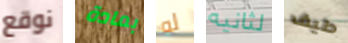
نوقع بمادة له لثانيه طيف